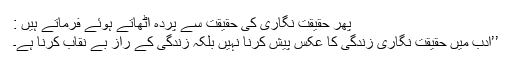
پھر حقیقت نگاری کی حقیقت سے پردہ اٹھاتے ہوئے فرماتے ہیں :
’’ادب میں حقیقت نگاری زندگی کا عکس پیش کرنا نہیں بلکہ زندگی کے راز بے نقاب کرنا ہے۔